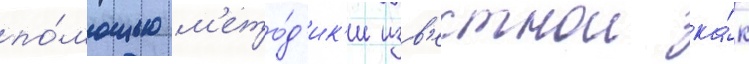
по́мощью м'ето́д'ик'и изв'естнои ка́к